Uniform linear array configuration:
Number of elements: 4
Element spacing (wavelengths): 1
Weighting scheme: kaiser
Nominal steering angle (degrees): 15
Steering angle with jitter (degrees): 13.695
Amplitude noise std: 0.05
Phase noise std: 0.05

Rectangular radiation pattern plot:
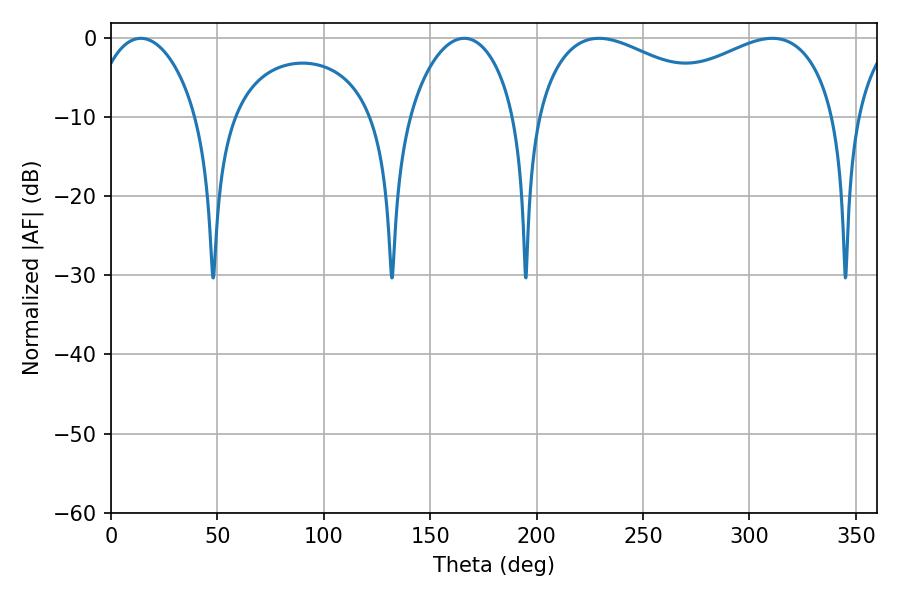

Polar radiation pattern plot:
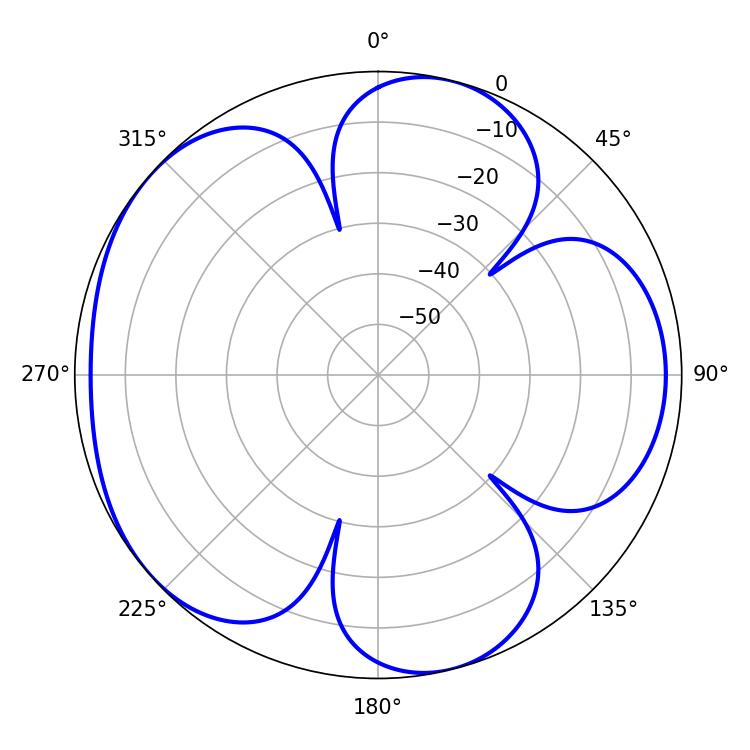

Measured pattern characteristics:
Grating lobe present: TRUE
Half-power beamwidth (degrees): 28.26
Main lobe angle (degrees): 14.04